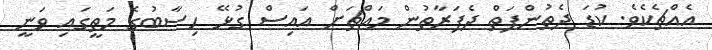
އެއްޗެކެވެ. ކުޑަ ދެތުންފަތް ދެފަރާތުން މައްޗަށް އައިސް ގުޅޭ ހިސާބުގެ މަތީގައި ވަނީ